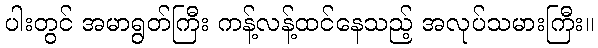
ပါးတွင် အမာရွတ်ကြီး ကန့်လန့်ထင်နေသည့် အလုပ်သမားကြီး။